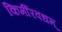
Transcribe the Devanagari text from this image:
किर्मीरवधम्